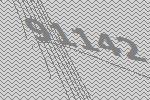
91142